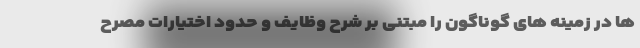
ها در زمینه های گوناگون را مبتنی بر شرح وظایف و حدود اختیارات مصرح